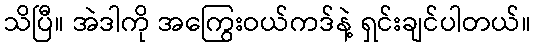
သိပြီ။ အဲဒါကို အကြွေးဝယ်ကဒ်နဲ့ ရှင်းချင်ပါတယ်။